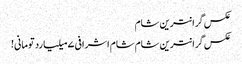
عکس گرانترین شام
عکس گرانترین شام	شام اشرافی ۷ میلیارد تومانی!